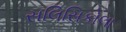
સલિસિકોલા